Madras plague regulations in force outside the Presidency town - Volume 7
Disease focus: Plague
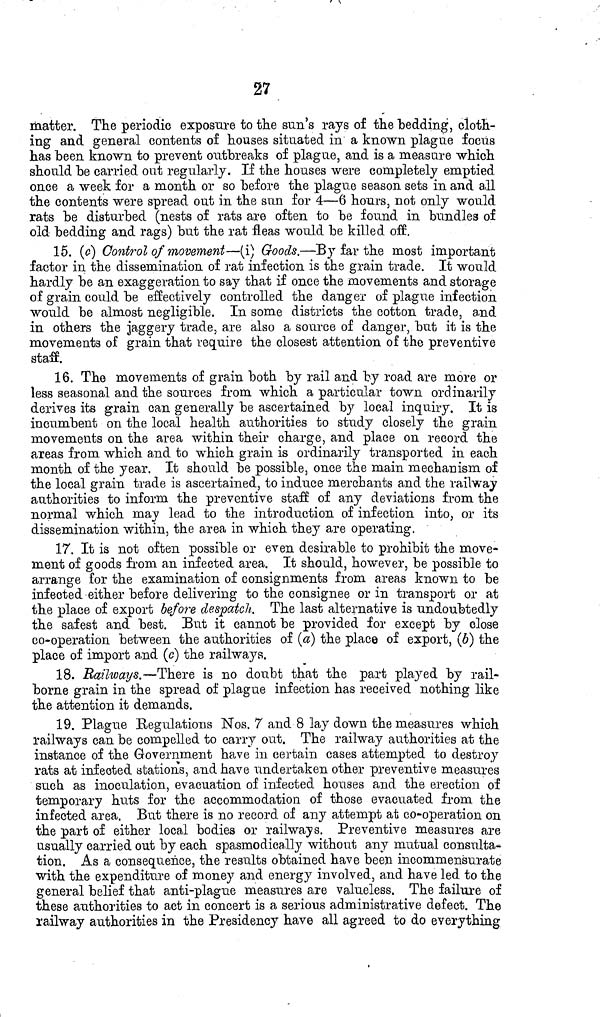
27
matter. The periodic exposure to the sun's rays of the bedding, cloth-
ing and general contents of houses situated in a known plague focus
has been known to prevent outbreaks of plague, and is a measure which
should be carried out regularly. If the houses were completely emptied
once a week for a month or so before the plague season sets in and all
the contents were spread out in the sun for 4—6 hours, not only would
rats be disturbed (nests of rats are often to be found in bundles of
old bedding and rags) but the rat fleas would be killed off.
15. (o) Control of movement—(i) Goods.—By far the most important
factor in the dissemination of rat infection is the grain trade. It would
hardly be an exaggeration to say that if once the movements and storage
of grain cou]d be effectively controlled the danger of plague infection
would be almost negligible. In some districts the cotton trade, and
in others the jaggery trade, are also a source of danger, but it is the
movements of grain that require the closest attention of the preventive
staff.
16. The movements of grain both by rail and by road are more or
less seasonal and the sources from which a particular town ordinarily
derives its grain can generally be ascertained by local inquiry. It is
incumbent on the local health authorities to study closely the grain
movements on the area within their charge, and place on record the
areas from which and to which grain is ordinarily transported in each
month of the year. It should be possible, once the main mechanism of
the local grain trade is ascertained, to induce merchants and the railway
authorities to inform the preventive staff of any deviations from the
normal which may lead to the introduction of infection into, or its
dissemination within, the area in which they are operating.
17. It is not often possible or even desirable to prohibit the move-
ment of goods from an infected area. It should, however, be possible to
arrange for the examination of consignments from areas known to be
infected either before delivering to the consignee or in transport or at
the place of export before despatch. The last alternative is undoubtedly
the safest and best. But it cannot be provided for except by close
co-operation between the authorities of (a) the place of export, (6) the
place of import a.nd (c) the railways.
18. Railways.—There is no doubt that the part played by rail-
borne grain in the spread of plague infection has received nothing like
the attention it demands.
19. Plague Regulations Nos. 7 and 8 lay down the measures which
railways can be compelled to carry out. The railway authorities at the
instance of the Government have in certain cases attempted to destroy
rats at infected stations, and have undertaken other preventive measures
such as inoculation, evacuation of infected houses and the erection of
temporary huts for the accommodation of those evacuated from the
infected area. But there is no record of any attempt at co-operation on
the part of either local bodies or railways. Preventive measures are
usually carried out by each spasmodically without any mutual consulta-
tion. As a consequence, the results obtained have been incommensurate
with the expenditure of money and energy involved, and have led to the
general belief that anti-plague measures are valueless. The failure of
these authorities to act in concert is a serious administrative defect. The
railway authorities in the Presidency have all agreed to do everything